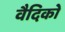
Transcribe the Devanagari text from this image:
वैदिको